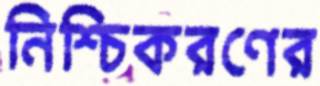
নিশ্চিকরণের